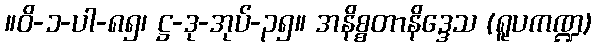
။ဝိ-၁-ပါ-၈၅၊ ဋ္ဌ-ဒု-အုပ်-၃၅။ အနိစ္စတာနိဒ္ဒေသ (ရူပကဏ္ဍ)